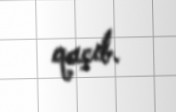
qaçıb.